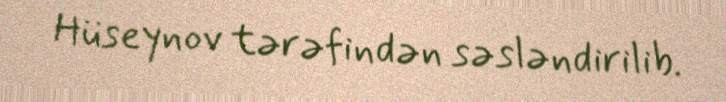
Hüseynov tərəfindən səsləndirilib.